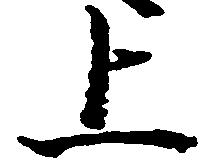
上